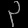
Digit: ၃